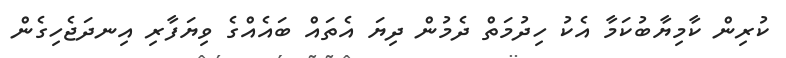
ކުރިން ކާމިޔާބުކަމާ އެކު ހިދުމަތް ދެމުން ދިޔަ އެތައް ބައެއްގެ ވިޔަފާރި އިނދަޖެހިގެން